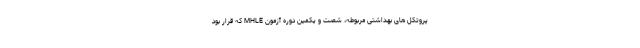
پروتکل های بهداشتی مربوطه، شصت و یکمین دوره آزمون MHLE که قرار بود